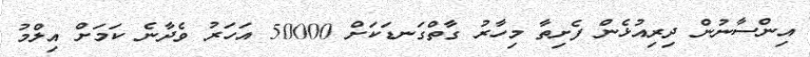
އިންސާނުން ދިރިއުޅެން ފެށިތާ މިހާރު ގާތްގަނޑަކަށް 50000 އަހަރު ވެދާނެ ކަމަށް އިލްމު